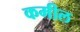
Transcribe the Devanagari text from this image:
कमील